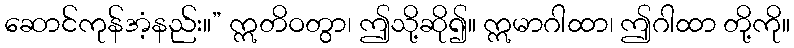
ဆောင်ကုန်အံ့နည်း။” ဣတိဝတွာ၊ ဤသို့ဆို၍။ ဣမာဂါထာ၊ ဤဂါထာ တို့ကို။